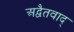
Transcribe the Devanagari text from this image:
अद्वैतवाद्